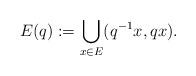
LaTeX: \begin{align*}E(q):=\bigcup_{x\in E}(q^{-1}x, qx).\end{align*}